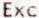
EXC